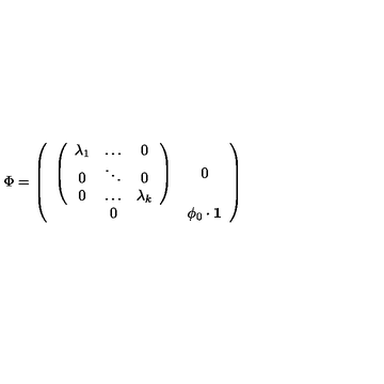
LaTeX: \Phi = \left( \begin{array} { c c } { \left( \begin{array} { c c c } { \lambda _ { 1 } } & { \dots } & { 0 } \\ { 0 } & { \ddots } & { 0 } \\ { 0 } & { \dots } & { \lambda _ { k } } \\ \end{array} \right) } & { 0 } \\ { 0 } & { \phi _ { 0 } \cdot { \bf 1 } } \\ \end{array} \right)